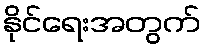
နိုင်ရေးအတွက်